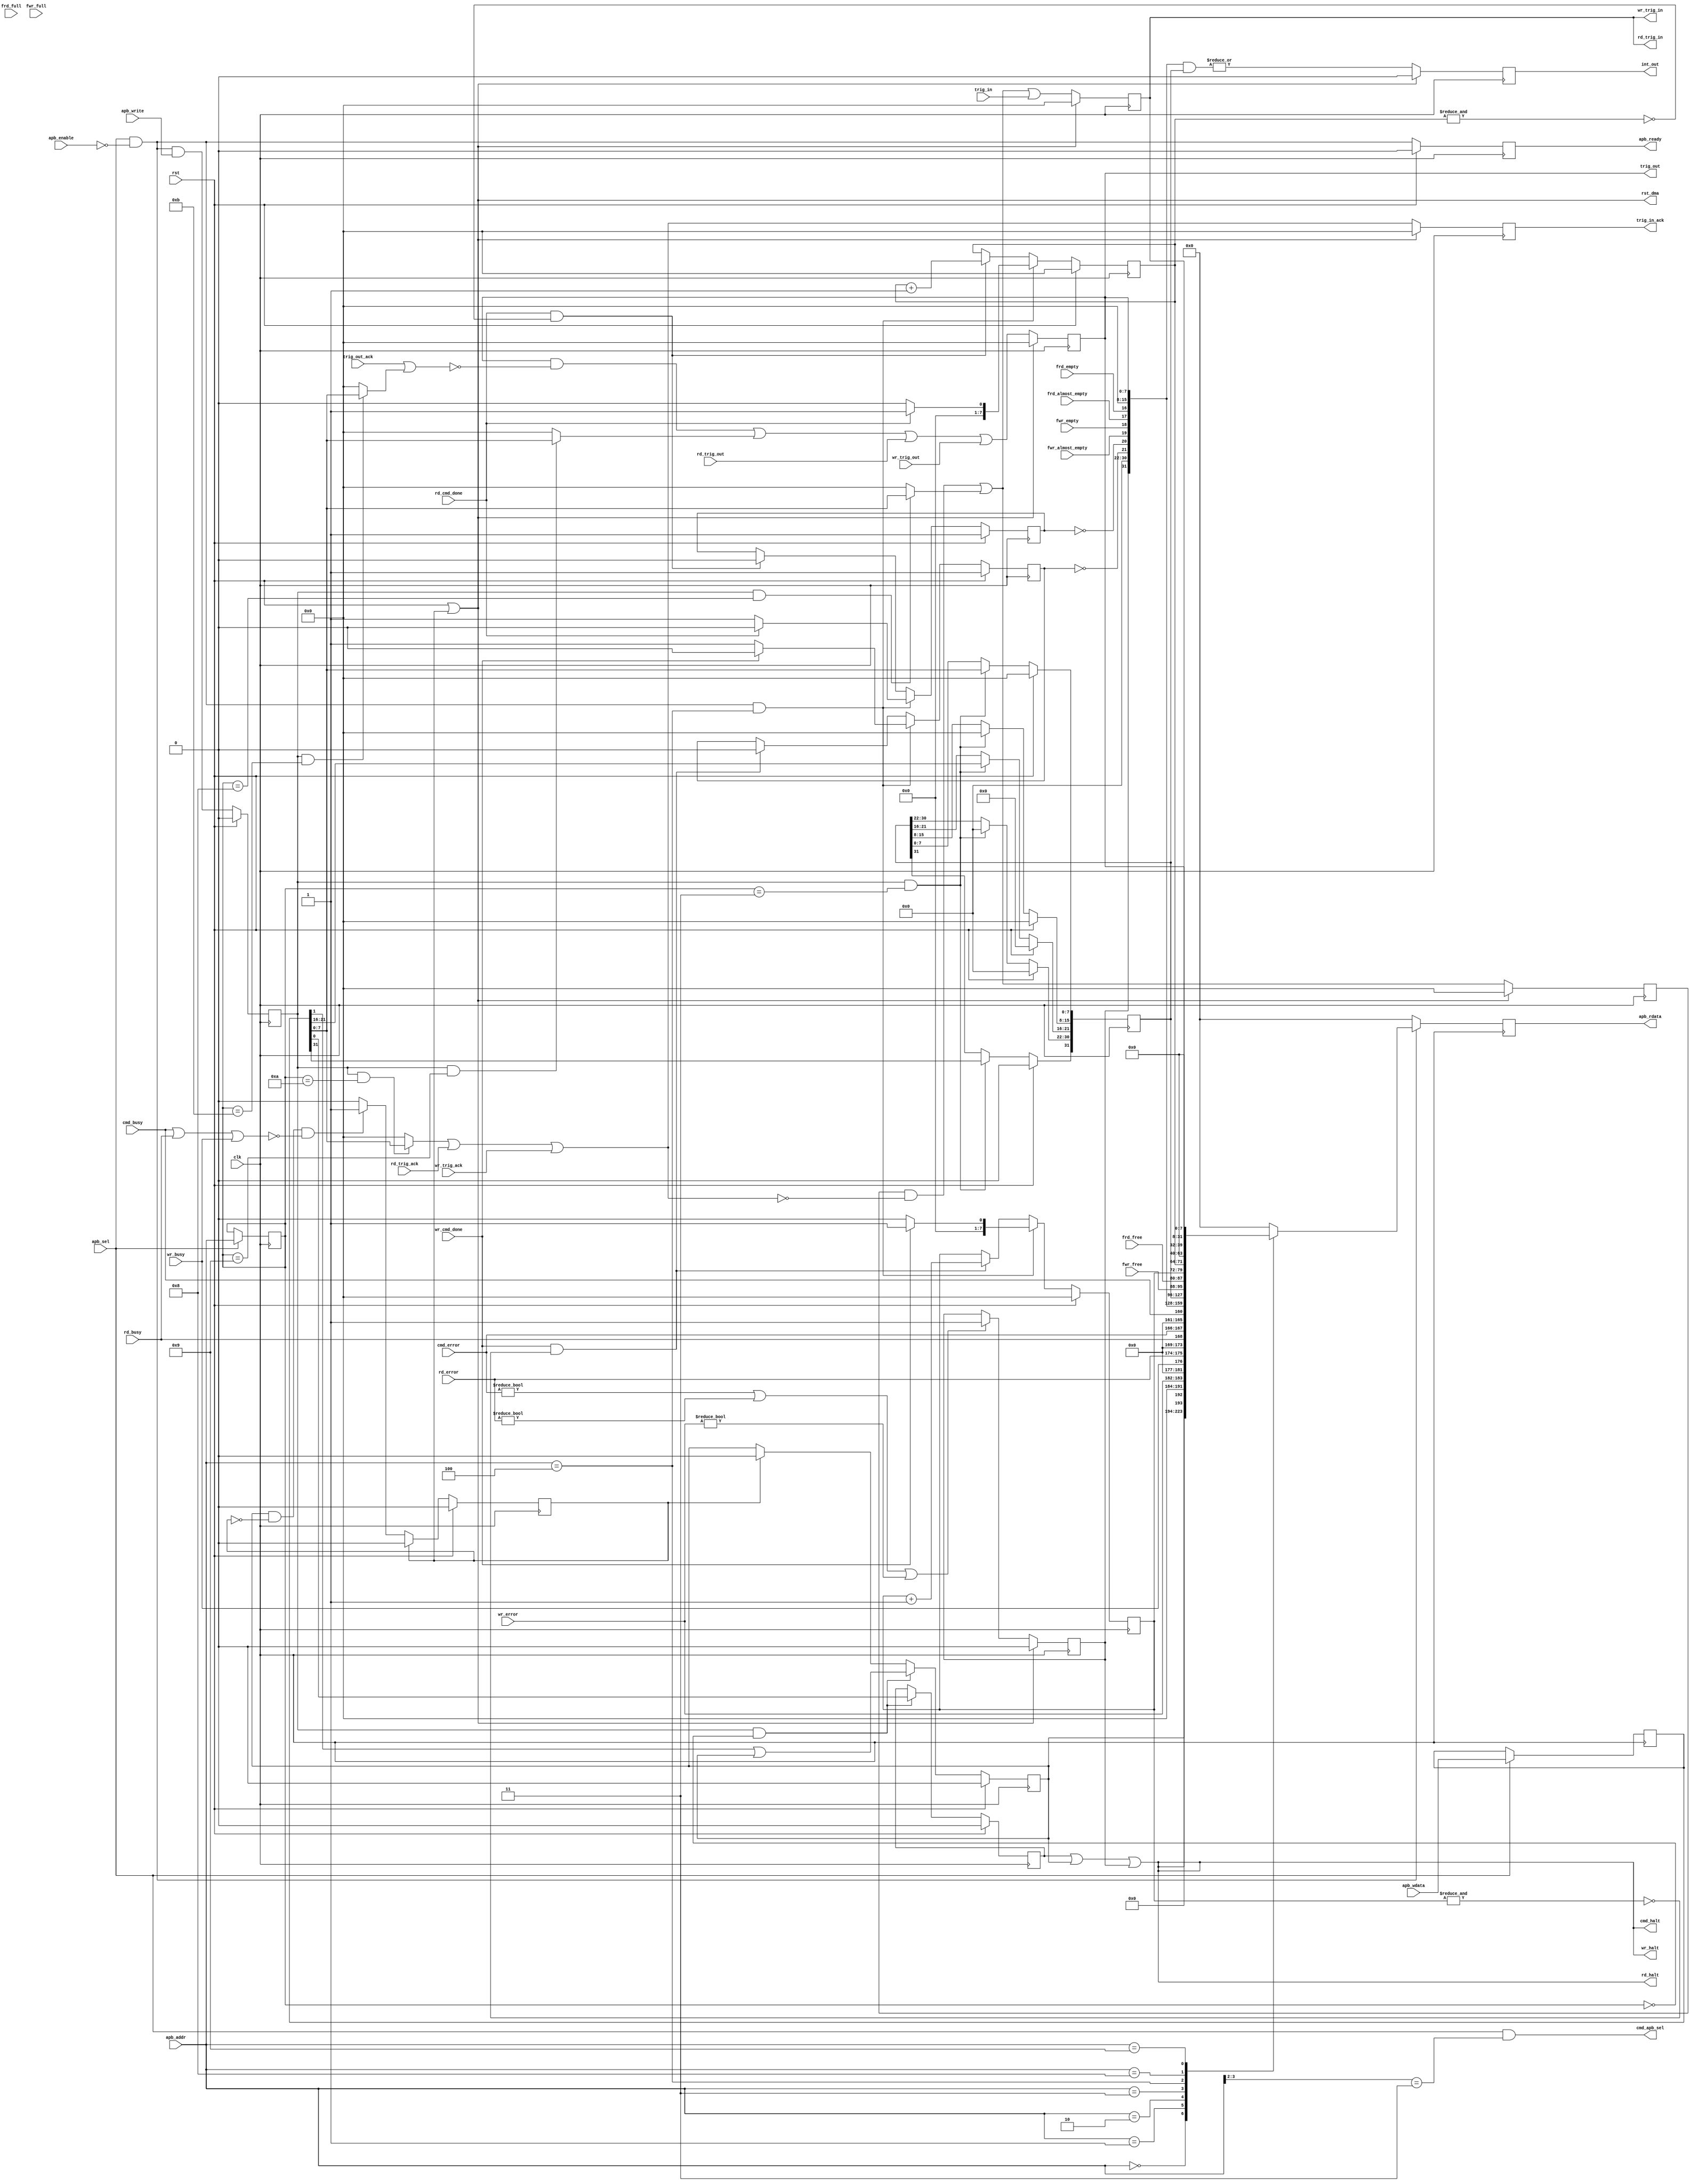

module dlsc_dma_registers #(
    parameter TRIG      = 8     // 1-16
) (
    // System
    input   wire                    clk,
    input   wire                    rst,
    output  wire                    rst_dma,

    // APB register access
    input   wire                    apb_sel,
    input   wire                    apb_enable,
    input   wire                    apb_write,
    input   wire    [5:2]           apb_addr,
    input   wire    [31:0]          apb_wdata,
    output  reg     [31:0]          apb_rdata,
    output  reg                     apb_ready,

    // Triggering
    input   wire    [TRIG-1:0]      trig_in,
    output  reg     [TRIG-1:0]      trig_in_ack,
    output  reg     [TRIG-1:0]      trig_out,
    input   wire    [TRIG-1:0]      trig_out_ack,

    // Interrupt output
    output  reg                     int_out,

    // Command block
    output  wire                    cmd_apb_sel,
    output  wire                    cmd_halt,
    input   wire    [1:0]           cmd_error,
    input   wire                    cmd_busy,

    // Command block FIFO status
    input   wire    [7:0]           frd_free,
    input   wire                    frd_full,
    input   wire                    frd_empty,
    input   wire                    frd_almost_empty,
    input   wire    [7:0]           fwr_free,
    input   wire                    fwr_full,
    input   wire                    fwr_empty,
    input   wire                    fwr_almost_empty,

    // Read block
    output  wire                    rd_halt,
    input   wire    [1:0]           rd_error,
    input   wire                    rd_busy,
    input   wire                    rd_cmd_done,
    output  wire    [TRIG-1:0]      rd_trig_in,
    input   wire    [TRIG-1:0]      rd_trig_ack,
    input   wire    [TRIG-1:0]      rd_trig_out,

    // Write block
    output  wire                    wr_halt,
    input   wire    [1:0]           wr_error,
    input   wire                    wr_busy,
    input   wire                    wr_cmd_done,
    output  wire    [TRIG-1:0]      wr_trig_in,
    input   wire    [TRIG-1:0]      wr_trig_ack,
    input   wire    [TRIG-1:0]      wr_trig_out
);

localparam  REG_CONTROL         = 4'h0,
            REG_STATUS          = 4'h1,
            REG_INT_FLAGS       = 4'h2,
            REG_INT_SELECT      = 4'h3,
            REG_COUNTS          = 4'h4,
            REG_TRIG_IN         = 4'h8,
            REG_TRIG_OUT        = 4'h9,
            REG_TRIG_IN_ACK     = 4'hA,
            REG_TRIG_OUT_ACK    = 4'hB,
            REG_FRD_LO          = 4'hC,
            REG_FRD_HI          = 4'hD,
            REG_FWR_LO          = 4'hE,
            REG_FWR_HI          = 4'hF;

// Registers
// 0x0: control             (RW)
//      0       : halt
//      1       : soft reset
// 0x1: status              (RO)
//      0       : cmd busy
//      7:6     : cmd error
//      8       : read busy
//      15:14   : read error
//      16      : write busy
//      23:22   : write error
// 0x2: interrupt flags     (RO)
//      15:0    : trig out
//      16      : frd_empty
//      17      : frd_almost_empty
//      18      : fwr_empty
//      19      : fwr_almost_empty
//      20      : read command completed
//      21      : write command completed
//      31      : error
// 0x3: interrupt select    (RW)
// 0x4: counts              (RO)
//      7:0     : read commands done (clear on read)
//      15:8    : write commands done (clear on read)
//      23:16   : frd_free
//      31:24   : fwr_free
// 0x8: trig in             (RW)
// 0x9: trig out            (RW)
// 0xA: trig in ack         (WO)
// 0xB: trig out ack        (WO)
// 0xC: frd push lo         (WO)
// 0xD: frd push hi         (WO)
// 0xE: fwr push lo         (WO)
// 0xF: fwr push hi         (WO)

assign          cmd_apb_sel     = apb_sel && (apb_addr[5:4] == 2'b11);


// Register some APB signals

wire            apb_read        = apb_sel && !apb_enable;
reg             apb_write_r;
reg  [5:2]      apb_addr_r;
reg  [31:0]     apb_wdata_r;

always @(posedge clk) begin
    if(rst) begin
        apb_ready       <= 1'b0;
        apb_write_r     <= 1'b0;
    end else begin
        apb_ready       <= (apb_sel && !apb_enable);
        apb_write_r     <= (apb_sel && !apb_enable && apb_write);
    end
end

always @(posedge clk) begin
    if(apb_sel) begin
        apb_addr_r      <= apb_addr;
        apb_wdata_r     <= apb_wdata;
    end
end


// Triggering

wire [TRIG-1:0] csr_trig_in_w       = (apb_write_r && apb_addr_r == REG_TRIG_IN     ) ? apb_wdata_r[TRIG-1:0] : 0;
wire [TRIG-1:0] csr_trig_out_w      = (apb_write_r && apb_addr_r == REG_TRIG_OUT    ) ? apb_wdata_r[TRIG-1:0] : 0;
wire [TRIG-1:0] csr_trig_in_ack_w   = (apb_write_r && apb_addr_r == REG_TRIG_IN_ACK ) ? apb_wdata_r[TRIG-1:0] : 0;
wire [TRIG-1:0] csr_trig_out_ack_w  = (apb_write_r && apb_addr_r == REG_TRIG_OUT_ACK) ? apb_wdata_r[TRIG-1:0] : 0;

reg  [TRIG-1:0] csr_trig_in_r;
reg  [TRIG-1:0] trig_in_r;

assign          rd_trig_in          = trig_in_r;
assign          wr_trig_in          = trig_in_r;

wire [TRIG-1:0] next_trig_in_ack    = csr_trig_in_ack_w | rd_trig_ack | wr_trig_ack;
wire [TRIG-1:0] next_trig_out       = (trig_out & ~(trig_out_ack | csr_trig_out_ack_w)) | csr_trig_out_w | rd_trig_out | wr_trig_out;
wire [TRIG-1:0] next_csr_trig_in    = (csr_trig_in_r & ~(csr_trig_in_ack_w | rd_trig_ack | wr_trig_ack)) | csr_trig_in_w;

always @(posedge clk) begin
    if(rst_dma) begin
        trig_in_ack     <= 0;
        trig_out        <= 0;
        csr_trig_in_r   <= 0;
        trig_in_r       <= 0;
    end else begin
        trig_in_ack     <= next_trig_in_ack;        
        trig_out        <= next_trig_out;
        csr_trig_in_r   <= next_csr_trig_in;
        trig_in_r       <= next_csr_trig_in | trig_in;
    end
end

wire [31:0]     csr_trig_in     = { {(32-TRIG){1'b0}}, trig_in_r };
wire [31:0]     csr_trig_out    = { {(32-TRIG){1'b0}}, trig_out };


// Status

reg             error;

always @(posedge clk) begin
    if(rst_dma) begin
        error       <= 1'b0;
    end else begin
        if(cmd_error != 2'b00 || rd_error != 2'b00 || wr_error != 2'b00) begin
            error       <= 1'b1;
        end
    end
end

wire            busy            = cmd_busy || rd_busy || wr_busy;

reg  [31:0]     csr_status;

always @* begin
    csr_status          = 0;
    csr_status[0]       = cmd_busy;
    csr_status[7:6]     = cmd_error;
    csr_status[8]       = rd_busy;
    csr_status[15:14]   = rd_error;
    csr_status[16]      = wr_busy;
    csr_status[23:22]   = wr_error;
end


// Control

reg             halt;
reg             soft_rst_req;

reg             soft_rst;
assign          rst_dma         = rst || soft_rst;

wire            halt_i          = halt || soft_rst_req || error;
assign          cmd_halt        = halt_i;
assign          rd_halt         = halt_i;
assign          wr_halt         = halt_i;

always @(posedge clk) begin
    if(rst) begin
        halt            <= 1'b0;
        soft_rst_req    <= 1'b0;
        soft_rst        <= 1'b0;
    end else begin
        if(soft_rst_req && !soft_rst && !busy) begin
            soft_rst        <= 1'b1;
        end
        if(soft_rst) begin
            soft_rst_req    <= 1'b0;
            soft_rst        <= 1'b0;
        end
        if(apb_write_r && apb_addr_r == REG_CONTROL) begin
            halt            <= apb_wdata_r[0];
            soft_rst_req    <= apb_wdata_r[1] || soft_rst_req;
        end
    end
end

wire [31:0]     csr_control     = { 30'd0, soft_rst_req, halt_i };


// Counts

reg  [7:0]      cnt_read;
reg             cnt_read_zero;
reg  [7:0]      cnt_write;
reg             cnt_write_zero;

always @(posedge clk) begin
    if(rst) begin
        cnt_read        <= 0;
        cnt_read_zero   <= 1'b1;
        cnt_write       <= 0;
        cnt_write_zero  <= 1'b1;
    end else begin
        if(apb_read && apb_addr == REG_COUNTS) begin
            cnt_read        <= rd_cmd_done ?    1 :    0;
            cnt_read_zero   <= rd_cmd_done ? 1'b0 : 1'b1;
            cnt_write       <= wr_cmd_done ?    1 :    0;
            cnt_write_zero  <= wr_cmd_done ? 1'b0 : 1'b1;
        end else begin
            if(rd_cmd_done && !(&cnt_read)) begin
                cnt_read        <= cnt_read + 1;
                cnt_read_zero   <= 1'b0;
            end
            if(wr_cmd_done && !(&cnt_write)) begin
                cnt_write       <= cnt_write + 1;
                cnt_write_zero  <= 1'b0;
            end
        end
    end
end

wire [31:0]     csr_counts      = { fwr_free, frd_free, cnt_write, cnt_read };


// Interrupts

reg  [31:0]     csr_int_flags;

always @* begin
    csr_int_flags           = 0;
    csr_int_flags[TRIG-1:0] = trig_out;
    csr_int_flags[19:16]    = { fwr_almost_empty, fwr_empty, frd_almost_empty, frd_empty };
    csr_int_flags[21:20]    = { !cnt_write_zero, !cnt_read_zero };
    csr_int_flags[31]       = error;
end

reg  [31:0]     csr_int_select;

always @(posedge clk) begin
    if(rst_dma) begin
        int_out     <= 1'b0;
    end else begin
        int_out     <= |(csr_int_flags & csr_int_select);
    end
end

always @(posedge clk) begin
    if(rst) begin
        csr_int_select  <= 0;
    end else begin
        if(apb_write_r && apb_addr_r == REG_INT_SELECT) begin
            csr_int_select              <= 0;
            csr_int_select[TRIG-1:0]    <= apb_wdata_r[TRIG-1:0];
            csr_int_select[21:16]       <= apb_wdata_r[21:16];
            csr_int_select[31]          <= apb_wdata_r[31];
        end
    end
end


// CSR reads

always @(posedge clk) begin
    apb_rdata   <= 0;

    if(apb_read) begin
        case(apb_addr)
            REG_CONTROL:        apb_rdata <= csr_control;
            REG_STATUS:         apb_rdata <= csr_status;
            REG_INT_FLAGS:      apb_rdata <= csr_int_flags;
            REG_INT_SELECT:     apb_rdata <= csr_int_select;
            REG_COUNTS:         apb_rdata <= csr_counts;
            REG_TRIG_IN:        apb_rdata <= csr_trig_in;
            REG_TRIG_OUT:       apb_rdata <= csr_trig_out;
            default:            apb_rdata <= 0;
        endcase
    end
end


endmodule